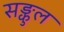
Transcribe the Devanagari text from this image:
सङ्कुल